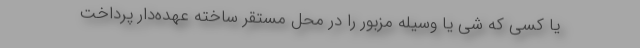
یا کسی که شی یا وسیله مزبور را در محل مستقر ساخته عهده‌دار پرداخت